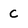
Character: c